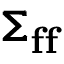
\pmb { \Sigma } _ { \mathbf { f } \mathbf { f } }